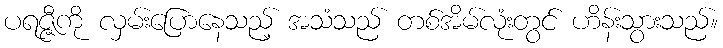
ပရဇ္ဇီကို လှမ်းပြောနေသည့် အသံသည် တစ်အိမ်လုံးတွင် ဟိန်းသွားသည်။